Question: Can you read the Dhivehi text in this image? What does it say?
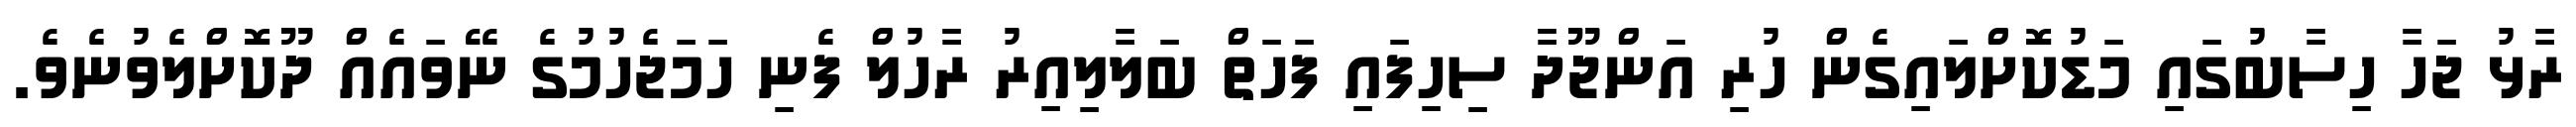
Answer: ރާޅު ޖަހާ ހިސާބުގައި މަޑުކޮށްލައިގެން ހުރި އަންޖޫދާ ސިހިފައި ފަހަތް ބަލާލިއިރު ރާހުލް ފެނި ހަމަޖެހުމުގެ ނޭވައެއް ދޫކޮށްލެވުނެވެ.